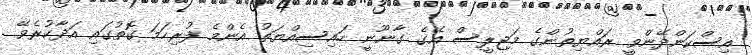
އިސްކަންދޭންވީ ރައްޔިތުންގެ މަޖިލީސް އޭގެ ގާނޫނީ ހައިސިއްޔަތު އެންމެ ފުރިހަމަ ގޮތުގައި އަދާކުރެވޭ